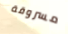
مسروقة